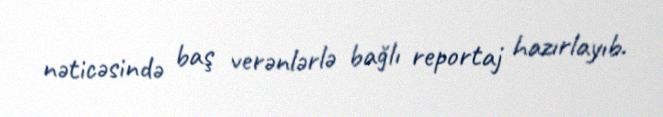
nəticəsində baş verənlərlə bağlı reportaj hazırlayıb.